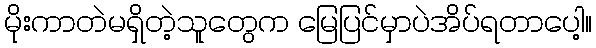
မိုးကာတဲမရှိတဲ့သူတွေက မြေပြင်မှာပဲအိပ်ရတာပေါ့။